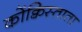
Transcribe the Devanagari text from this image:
कोंक्विस्ताता